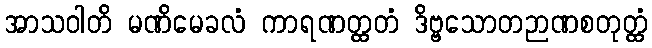
အာသဝါတိ မဏိမေခလံ ကာရဏတ္ထတံ ဒိဗ္ဗသောတဉာဏစတုတ္ထံ